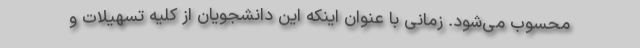
محسوب می‌شود. زمانی با عنوان اینکه این دانشجویان از کلیه تسهیلات و